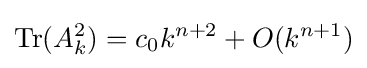
\operatorname {Tr} (A_{k}^{2})=c_{0}k^{n+2}+O(k^{n+1})